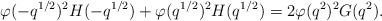
LaTeX: \begin{align*} \varphi(-q^{1/2})^2H(-q^{1/2})+\varphi(q^{1/2})^2H(q^{1/2}) = 2\varphi(q^2)^2G(q^2).\end{align*}